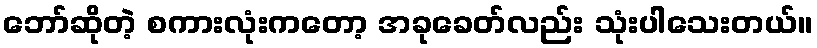
ဘော်ဆိုတဲ့ စကားလုံးကတော့ အခုခေတ်လည်း သုံးပါသေးတယ်။